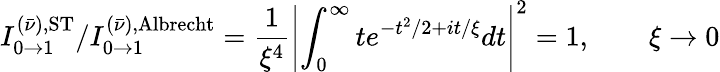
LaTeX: I_{0\to 1}^{(\bar{\nu}),\mathrm{ST}}/I_{0\to 1}^{(\bar{\nu}),\mathrm{Albrecht}}=\frac{1}{\xi^{4}}\left|\int_{0}^{\infty}te^{-t^{2}/2+it/\xi}dt\right|^{2}=1,\qquad\xi\rightarrow 0